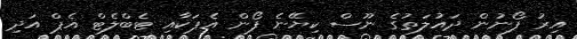
އިރު ފޯނުން ދައުލަތުގެ ނޫސް ކިޔޭނެ ފޯން އެޕަކާއި ޓެބްލެޓް އެޕް އަދި